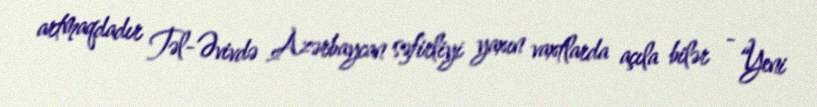
artmaqdadır Təl-Əvivdə Azərbaycan səfirliyi yaxın vaxtlarda açıla bilər - “Yeni